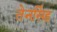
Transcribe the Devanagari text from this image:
तेनसिंह